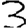
Digit: 3